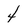
Character: 4